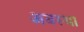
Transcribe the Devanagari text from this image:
अबस्था